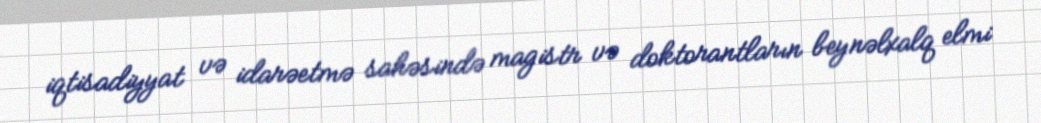
iqtisadiyyat və idarəetmə sahəsində magistr və doktorantların beynəlxalq elmi